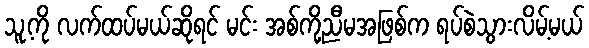
သူ့ကို လက်ထပ်မယ်ဆိုရင် မင်း အစ်ကို့ညီမအဖြစ်က ရပ်စဲသွားလိမ့်မယ်